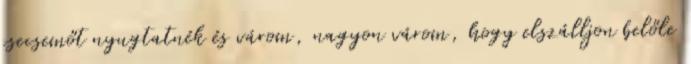
csecsemőt nyugtatnék és várom, nagyon várom, hogy elszálljon belőle